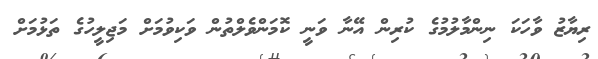
ރިޔާޒު ވާހަކަ ނިންމާލުމުގެ ކުރިން އޭނާ ވަނީ ކޮމަންވެލްތުން ވަކިވުމަށް މަޖިލީހުގެ ތަޅުމަށް